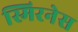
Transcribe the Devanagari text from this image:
स्मिरनेस